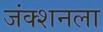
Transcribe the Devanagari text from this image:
जंक्शनला